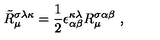
\tilde { R } _ { \mu } ^ { \sigma \lambda \kappa } = \frac { 1 } { 2 } \epsilon _ { \alpha \beta } ^ { \kappa \lambda } R _ { \mu } ^ { \sigma \alpha \beta } \ ,